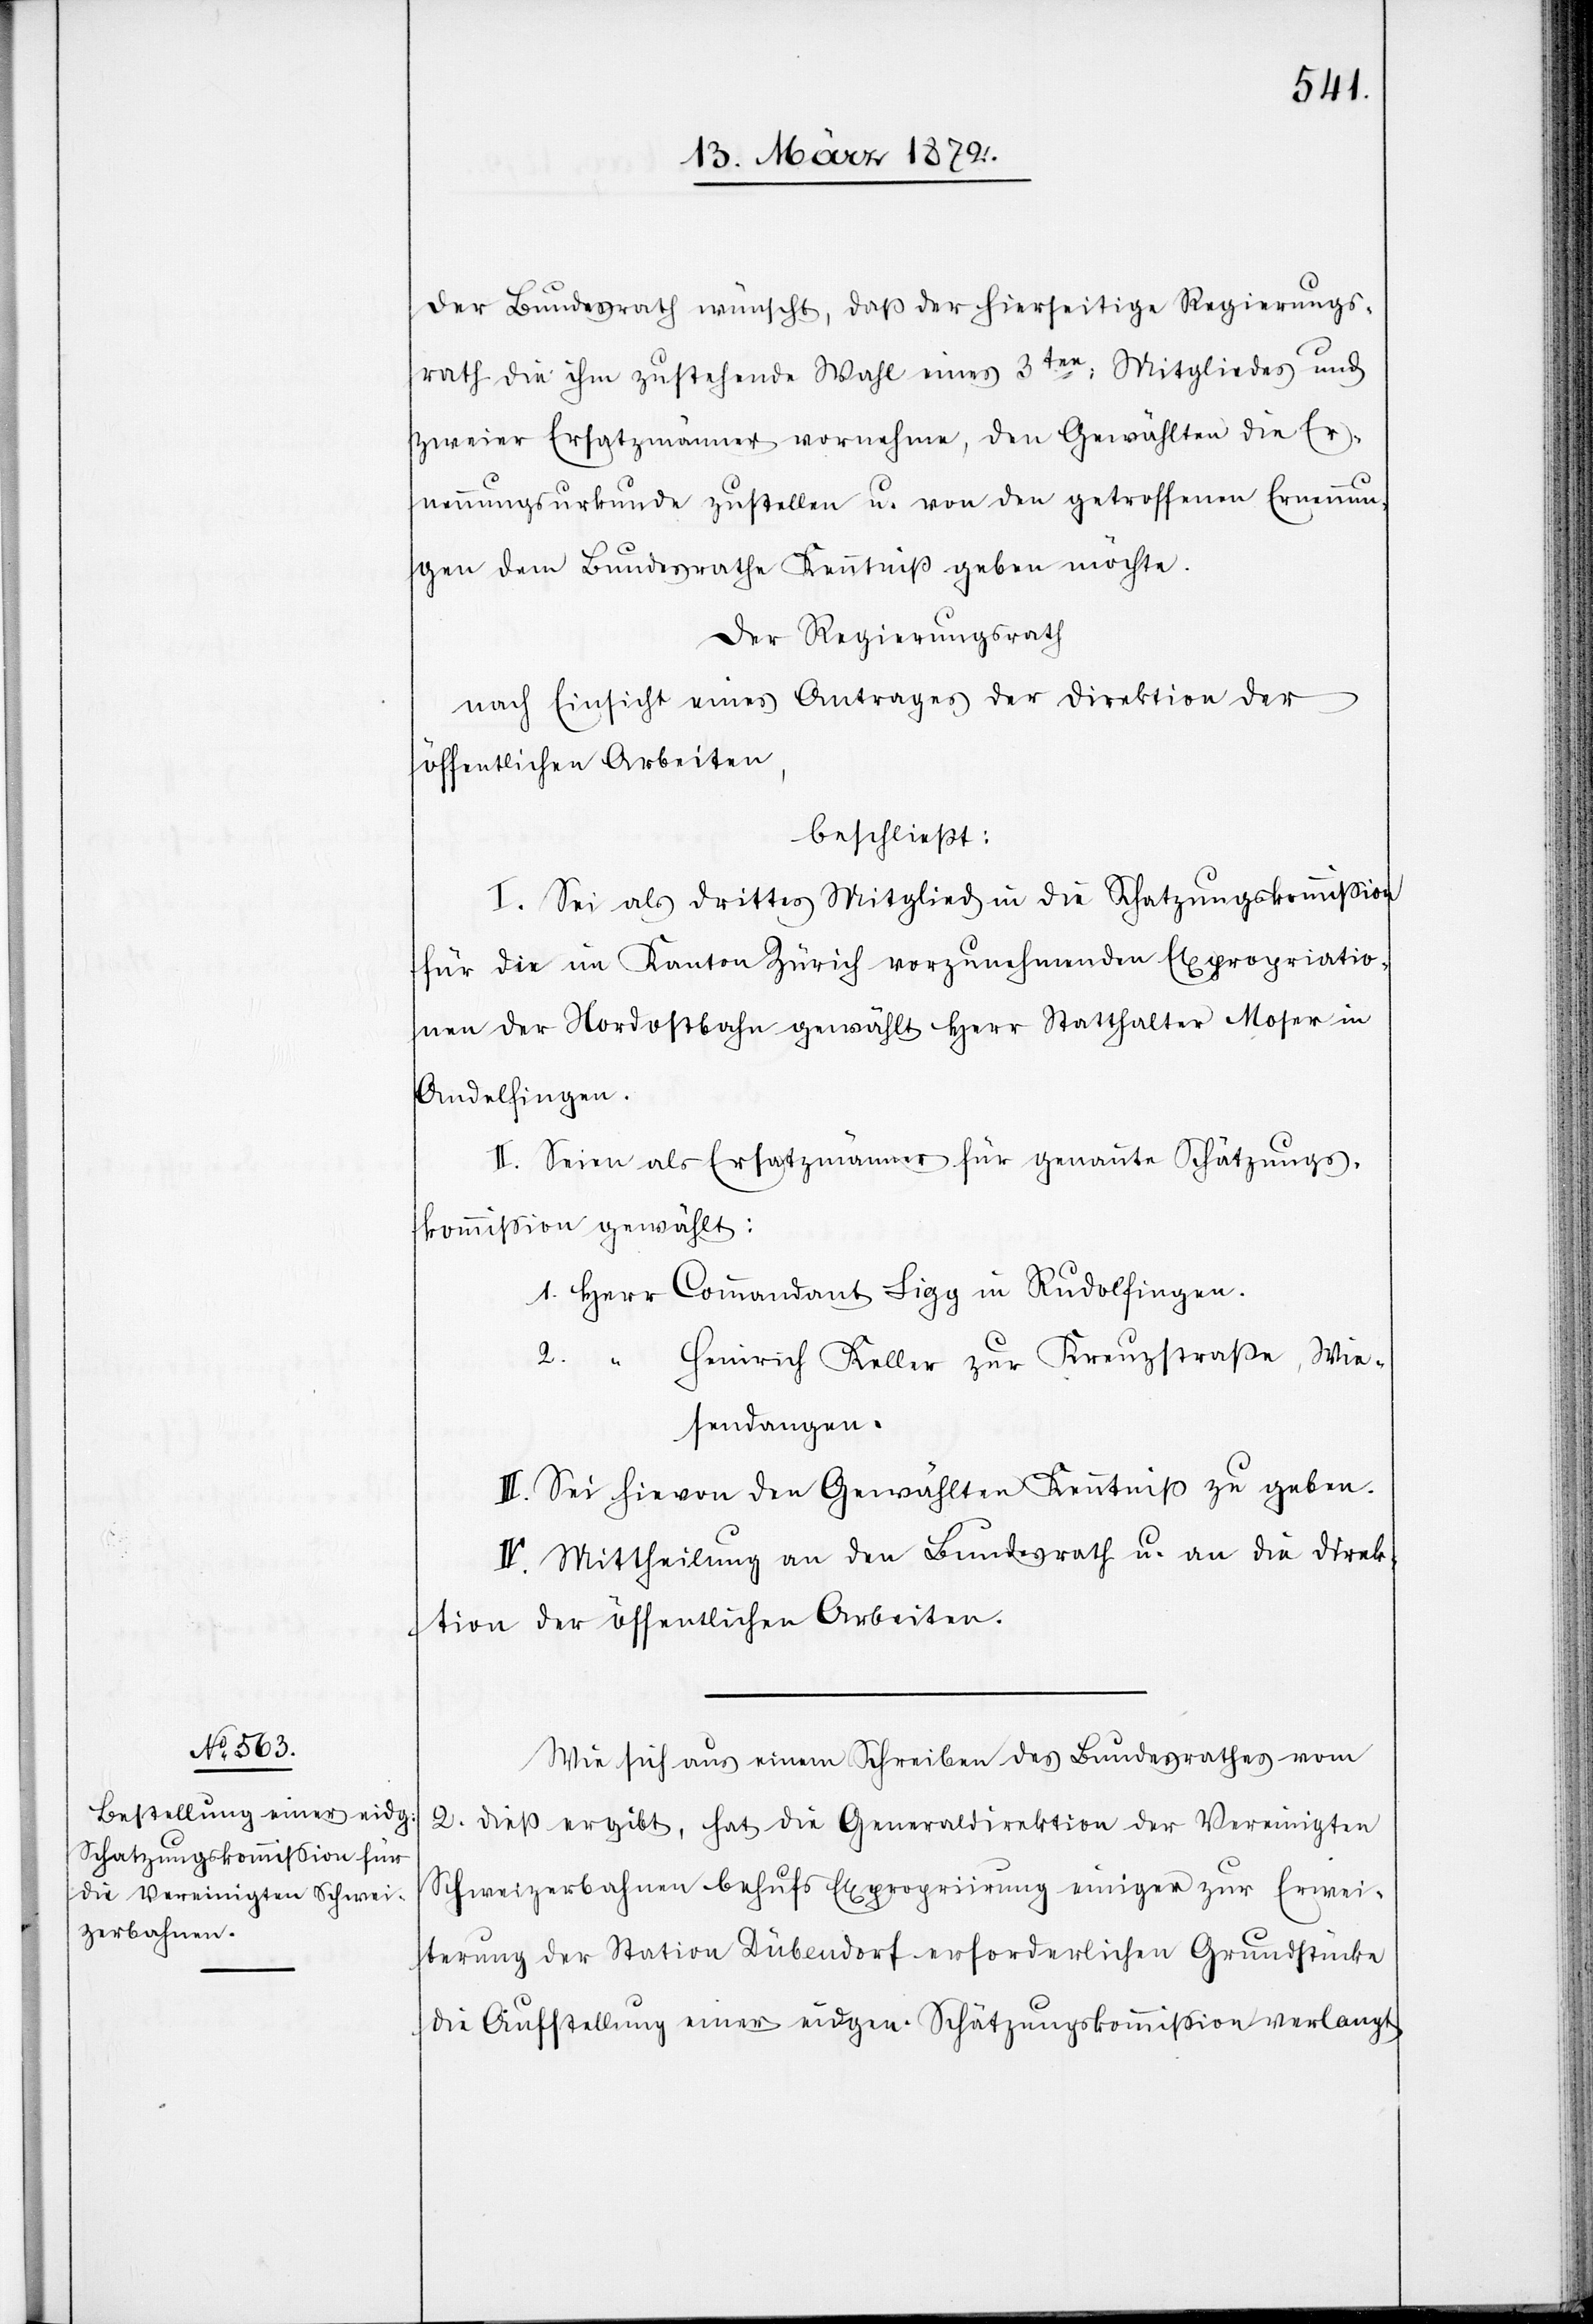
Der Bundesrath wünscht, daß der hierseitige Regierungs¬
rath die ihm zustehende Wahl eines 3ten: Mitgliedes und
zweier Ersatzmänner vornehme, den Gewählten die Er¬
nennungsurkunde zustellen u. von den getroffenen Ernennun¬
gen dem Bundesrathe Kenntniß geben möchte.
Der Regierungsrath
nach Einsicht eines Antrages der Direktion der
öffentlichen Arbeiten,
beschließt:
I. Sei als drittes Mitglied in die Schatzungskommission
für die im Kanton Zürich vorzunehmenden Expropriatio¬
nen der Nordostbahn gewählt Herr Statthalter Moser in
Andelfingen.
II. Seien als Ersatzmänner für genannte Schätzungs¬
kommission gewählt:
1. Herr Commandant Sigg in Rudolfingen.
2. “
Heinrich Keller zur Kreuzstraße, Wie¬
sendangen.
III. Sei hievon den Gewählten Kenntniß zu geben.
IV. Mittheilung an den Bundesrath u. an die Direk¬
tion der öffentlichen Arbeiten.
Wie sich aus einem Schreiben des Bundesrathes vom
2. dieß ergibt, hat die Generaldirektion der Vereinigten
Schweizerbahnen behufs Expropriirung einiger zur Erwei¬
terung der Station Dübendorf erforderlichen Grundstücke
die Aufstellung einer eidgen. Schätzungskommission verlangt,